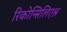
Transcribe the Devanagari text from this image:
रिकोन्सिलिएश्न